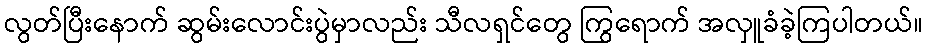
လွတ်ပြီးနောက် ဆွမ်းလောင်းပွဲမှာလည်း သီလရှင်တွေ ကြွရောက် အလှူခံခဲ့ကြပါတယ်။